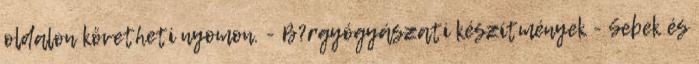
oldalon követheti nyomon. - B?rgyógyászati készítmények - Sebek és